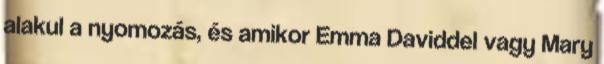
alakul a nyomozás, és amikor Emma Daviddel vagy Mary